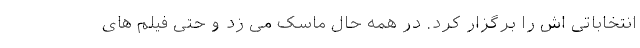
انتخاباتی اش را برگزار کرد. در همه حال ماسک می زد و حتی فیلم های